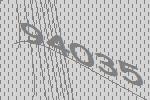
94035